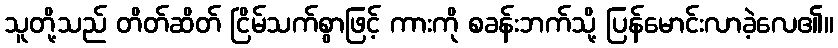
သူတို့သည် တိတ်ဆိတ် ငြိမ်သက်စွာဖြင့် ကားကို စခန်းဘက်သို့ ပြန်မောင်းလာခဲ့လေ၏။